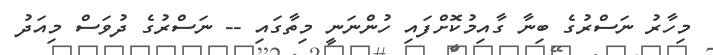
މިހާރު ނަސްރުގެ ބިނާ ގާއިމުކޮށްފައި ހުންނަނީ މިތާގައި -- ނަސްރުގެ ދުވަސް މިއަދު